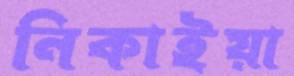
নিকাইয়া